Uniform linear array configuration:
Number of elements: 24
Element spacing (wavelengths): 0.5
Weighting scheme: uniform
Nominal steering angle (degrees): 60
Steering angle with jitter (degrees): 59.148
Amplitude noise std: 0.05
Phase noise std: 0.05

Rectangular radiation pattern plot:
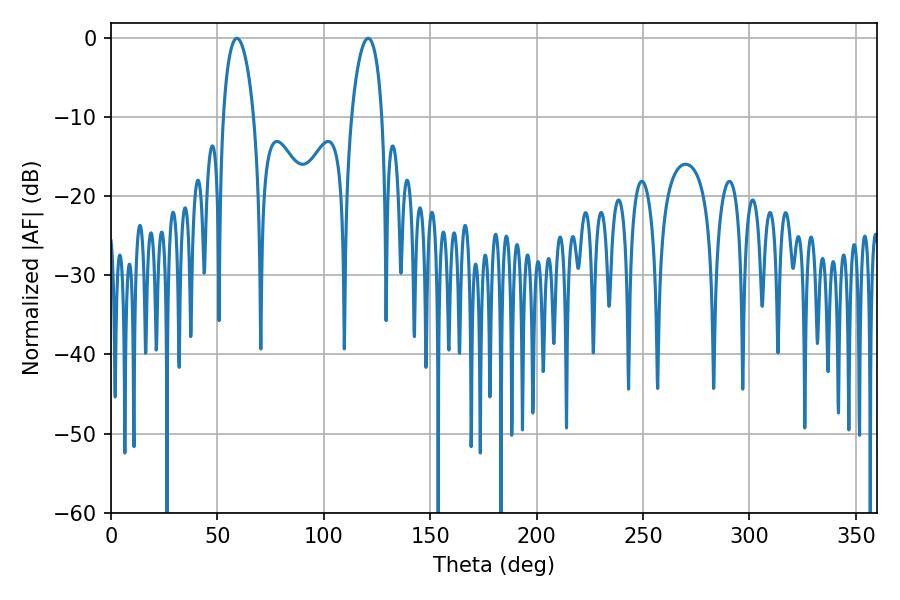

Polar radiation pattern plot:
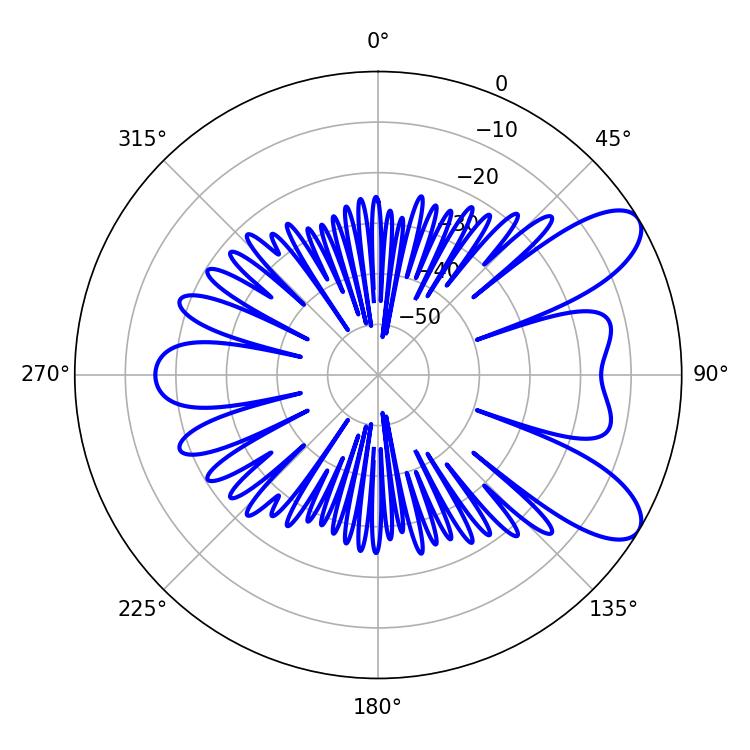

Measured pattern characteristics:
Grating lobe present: FALSE
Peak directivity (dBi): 8.646
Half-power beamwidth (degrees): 8.28
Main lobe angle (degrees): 59.22